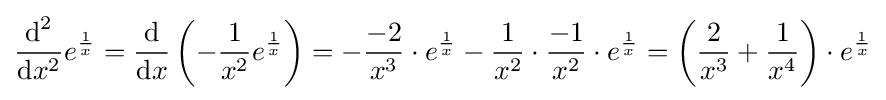
{\frac {{\textrm {d}}^{2}}{{\textrm {d}}x^{2}}}e^{\frac {1}{x}}={\frac {\textrm {d}}{{\textrm {d}}x}}\left(-{\frac {1}{x^{2}}}e^{\frac {1}{x}}\right)=-{\frac {-2}{x^{3}}}\cdot e^{\frac {1}{x}}-{\frac {1}{x^{2}}}\cdot {\frac {-1}{x^{2}}}\cdot e^{\frac {1}{x}}=\left({\frac {2}{x^{3}}}+{\frac {1}{x^{4}}}\right)\cdot e^{\frac {1}{x}}